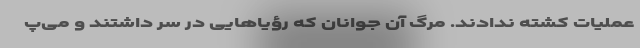
عملیات کشته ندادند. مرگ آن جوانان که رؤیاهایی در سر داشتند و می‌پ